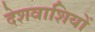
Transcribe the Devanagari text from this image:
देशवाशियों